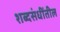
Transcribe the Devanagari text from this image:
शब्दसंधींतील